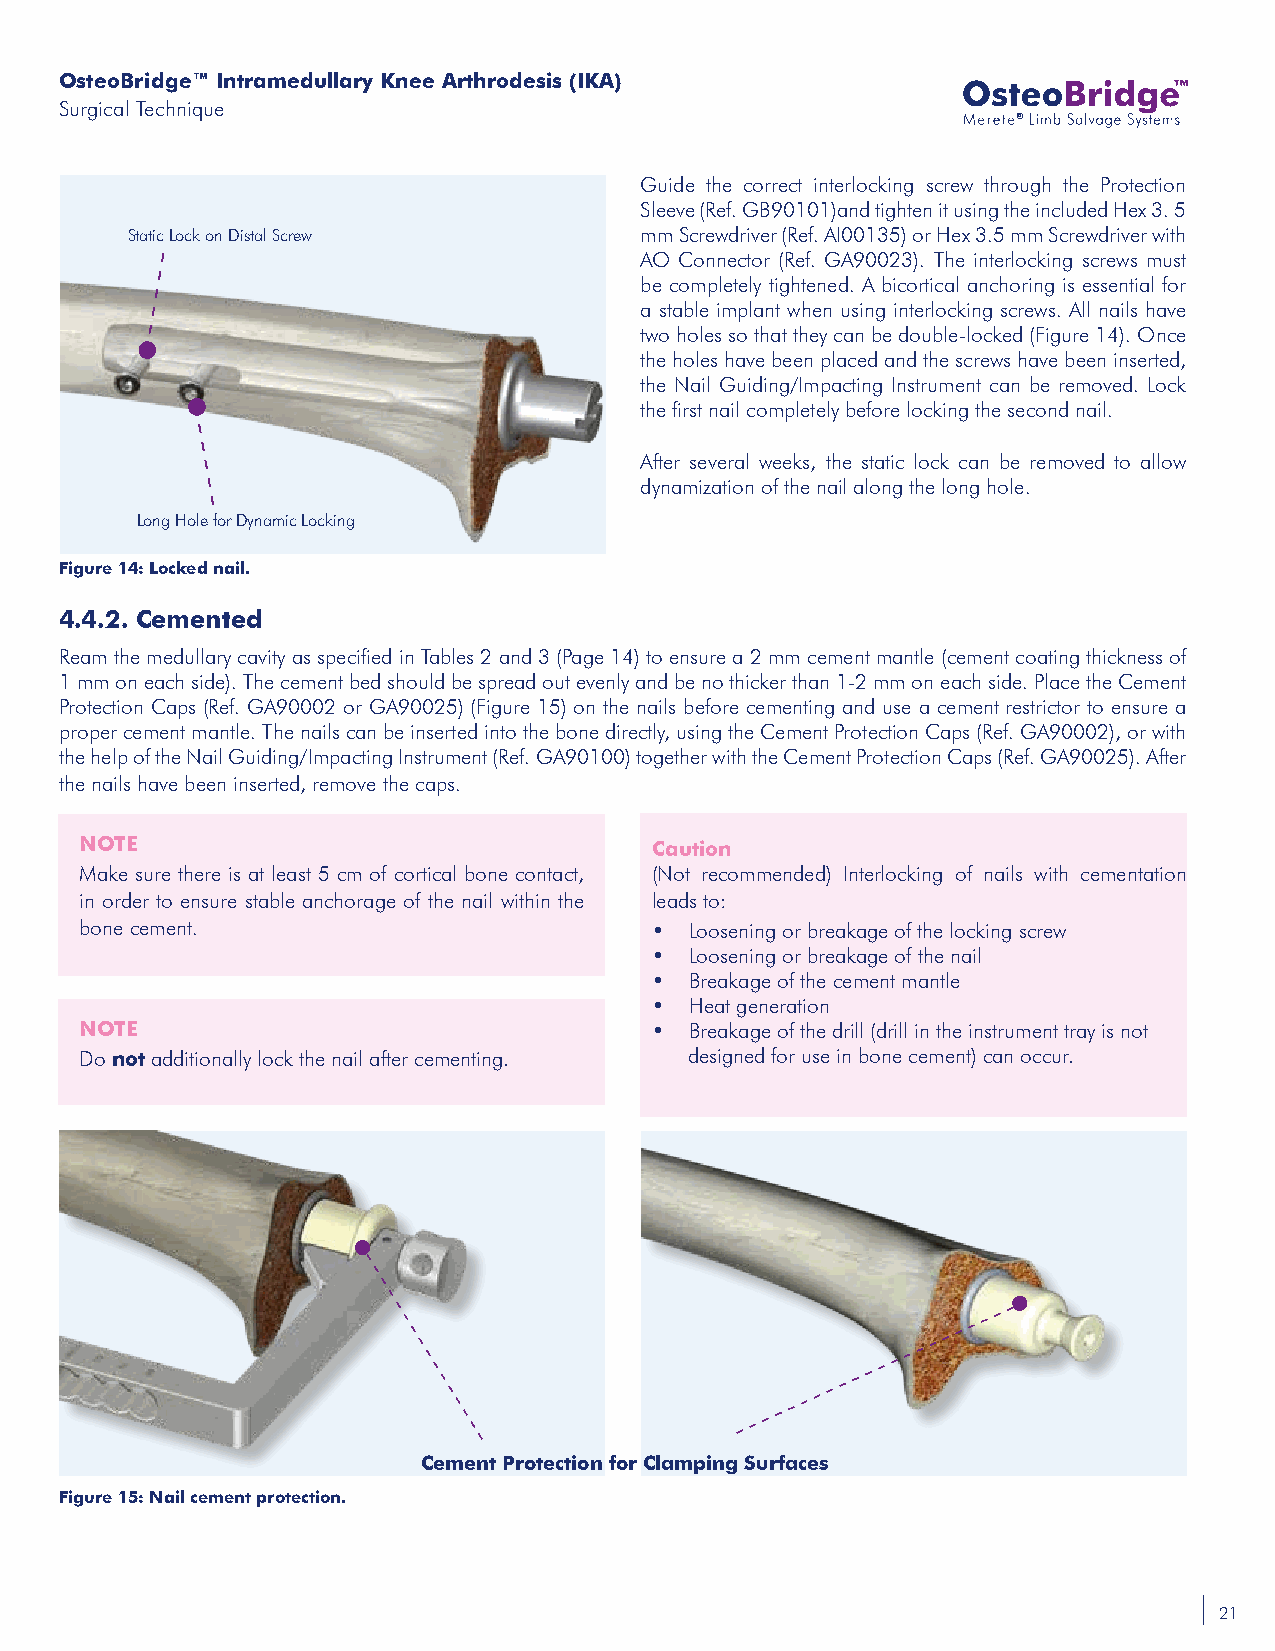
OsteoBridge™ Intramedullary Knee Arthrodesis (IKA)
 Surgical Technique
 ®
 Guide the correct interlocking screw through the Protection
 Sleeve (Ref. GB90101)and tighten it using the included Hex 3. 5
 Static Lock on Distal Screw       mm Screwdriver (Ref. AI00135) or Hex 3.5 mm Screwdriver with
 AO Connector (Ref. GA90023). The interlocking screws must
 be completely tightened. A bicortical anchoring is essential for
 a stable implant when using interlocking screws. All nails have
 two holes so that they can be double-locked (Figure 14). Once
 the holes have been placed and the screws have been inserted,
 the Nail Guiding/Impacting Instrument can be removed. Lock
 the first nail completely before locking the second nail.
 After several weeks, the static lock can be removed to allow
 dynamization of the nail along the long hole.
 Long Hole for Dynamic Locking
 Figure 14: Locked nail.
 4.4.2. Cemented
 Ream the medullary cavity as specified in Tables 2 and 3 (Page 14) to ensure a 2 mm cement mantle (cement coating thickness of
 1 mm on each side). The cement bed should be spread out evenly and be no thicker than 1-2 mm on each side. Place the Cement
 Protection Caps (Ref. GA90002 or GA90025) (Figure 15) on the nails before cementing and use a cement restrictor to ensure a
 proper cement mantle. The nails can be inserted into the bone directly, using the Cement Protection Caps (Ref. GA90002), or with
 the help of the Nail Guiding/Impacting Instrument (Ref. GA90100) together with the Cement Protection Caps (Ref. GA90025). After
 the nails have been inserted, remove the caps.
 NOTE                                  Caution
 Make sure there is at least 5 cm of cortical bone contact, (Not recommended) Interlocking of nails with cementation
 in order to ensure stable anchorage of the nail within the leads to:
 bone cement.                          •  Loosening or breakage of the locking screw
 •  Loosening or breakage of the nail
 •  Breakage of the cement mantle
 •  Heat generation
 NOTE                                  •  Breakage of the drill (drill in the instrument tray is not
 Do not additionally lock the nail after cementing. designed for use in bone cement) can occur.
 Cement Protection for Clamping Surfaces
 Figure 15: Nail cement protection.
 21